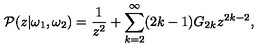
{ \cal P } ( z | \omega _ { 1 } , \omega _ { 2 } ) = \frac { 1 } { z ^ { 2 } } + \sum _ { k = 2 } ^ { \infty } ( 2 k - 1 ) G _ { 2 k } z ^ { 2 k - 2 } ,